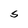
Character: S